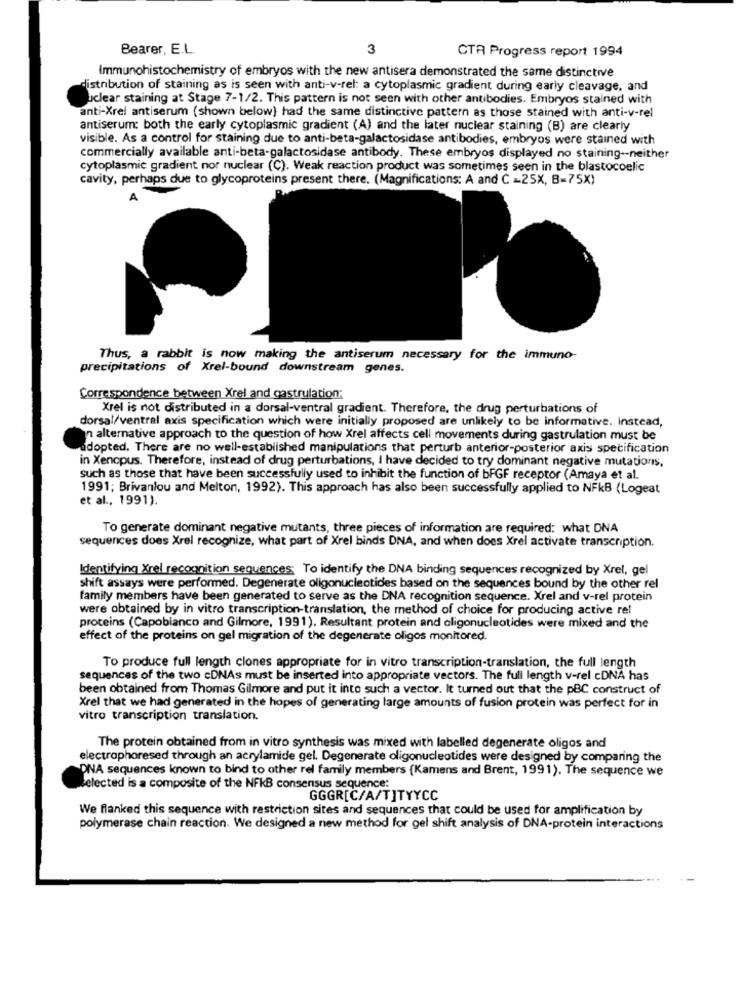
Bearer, E.L.
3
CTA Progress report 1994
Immunohistochemistry of embryos with the new antisera demonstrated the same distinctive
distribution of staining as is seen with anti-v-rel: a cytoplasmic gradient during early cleavage, and
uclear staining at Stage 7-1/2. This pattern is not seen with other antibodies. Embryos stained with
anti-Xrel antiserum (shown below) had the same distinctive pattern as those stained with anti-v-rel
antiserum: both the early cytoplasmic gradient (A) and the later nuclear staining (B) are clearly
visible. As a control for staining due to anti-beta-galactosidase antibodies, embryos were stained with
commercially available anti-beta-galactosidase antibody. These embryos displayed no staining -- neither
cytoplasmic gradient nor nuclear (C). Weak reaction product was sometimes seen in the blastocoelic
cavity, perhaps due to glycoproteins present there. (Magnifications: A and C =25X, B=75X)
A
Thus, a rabbit is now making the antiserum necessary for the immuno-
precipitations of Xrel-bound downstream genes.
Correspondence between Xrel and gastrulation:
Xrel is not distributed in a dorsal-ventral gradient. Therefore, the drug perturbations of
dorsal/ventral axis specification which were initially proposed are unlikely to be informative. Instead,
n alternative approach to the question of how Xrel affects cell movements during gastrulation must be
adopted. There are no well-established manipulations that perturb anterior-posterior axis specification
in Xenopus. Therefore, instead of drug perturbations, I have decided to try dominant negative mutations,
such as those that have been successfully used to inhibit the function of bFGF receptor (Amaya et al.
1991; Brivanlou and Melton, 1992). This approach has also been successfully applied to NFKB (Logeat
et al ., 1991).
To generate dominant negative mutants, three pieces of information are required: what DNA
sequences does Xrel recognize, what part of Xrel binds DNA, and when does Xrel activate transcription.
Identifying Xrel recognition sequences; To identify the DNA binding sequences recognized by Xrel, gel
shift assays were performed. Degenerate oligonucleotides based on the sequences bound by the other rel
family members have been generated to serve as the DNA recognition sequence. Xrel and v-rel protein
were obtained by in vitro transcription-translation, the method of choice for producing active ret
proteins (Capobianco and Gilmore, 1991). Resultant protein and oligonucleotides were mixed and the
effect of the proteins on gel migration of the degenerate oligos monitored.
To produce full length clones appropriate for in vitro transcription-translation, the full length
sequences of the two cDNAs must be inserted into appropriate vectors. The full length v-rel cDNA has
been obtained from Thomas Gilmore and put it into such a vector. It turned out that the pBC construct of
Xrel that we had generated in the hopes of generating large amounts of fusion protein was perfect for in
vitro transcription translation.
The protein obtained from in vitro synthesis was mixed with labelled degenerate oligos and
electrophoresed through an acrylamide gel. Degenerate oligonucleotides were designed by comparing the
DNA sequences known to bind to other rel family members (Kamens and Brent, 1991). The sequence we
selected is a composite of the NFKB consensus sequence:
GGGR[C/A/T]TYYCC
We flanked this sequence with restriction sites and sequences that could be used for amplification by
polymerase chain reaction. We designed a new method for gel shift analysis of DNA-protein interactions